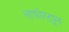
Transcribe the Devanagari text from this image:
लाफोरट्यून